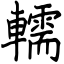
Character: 轜